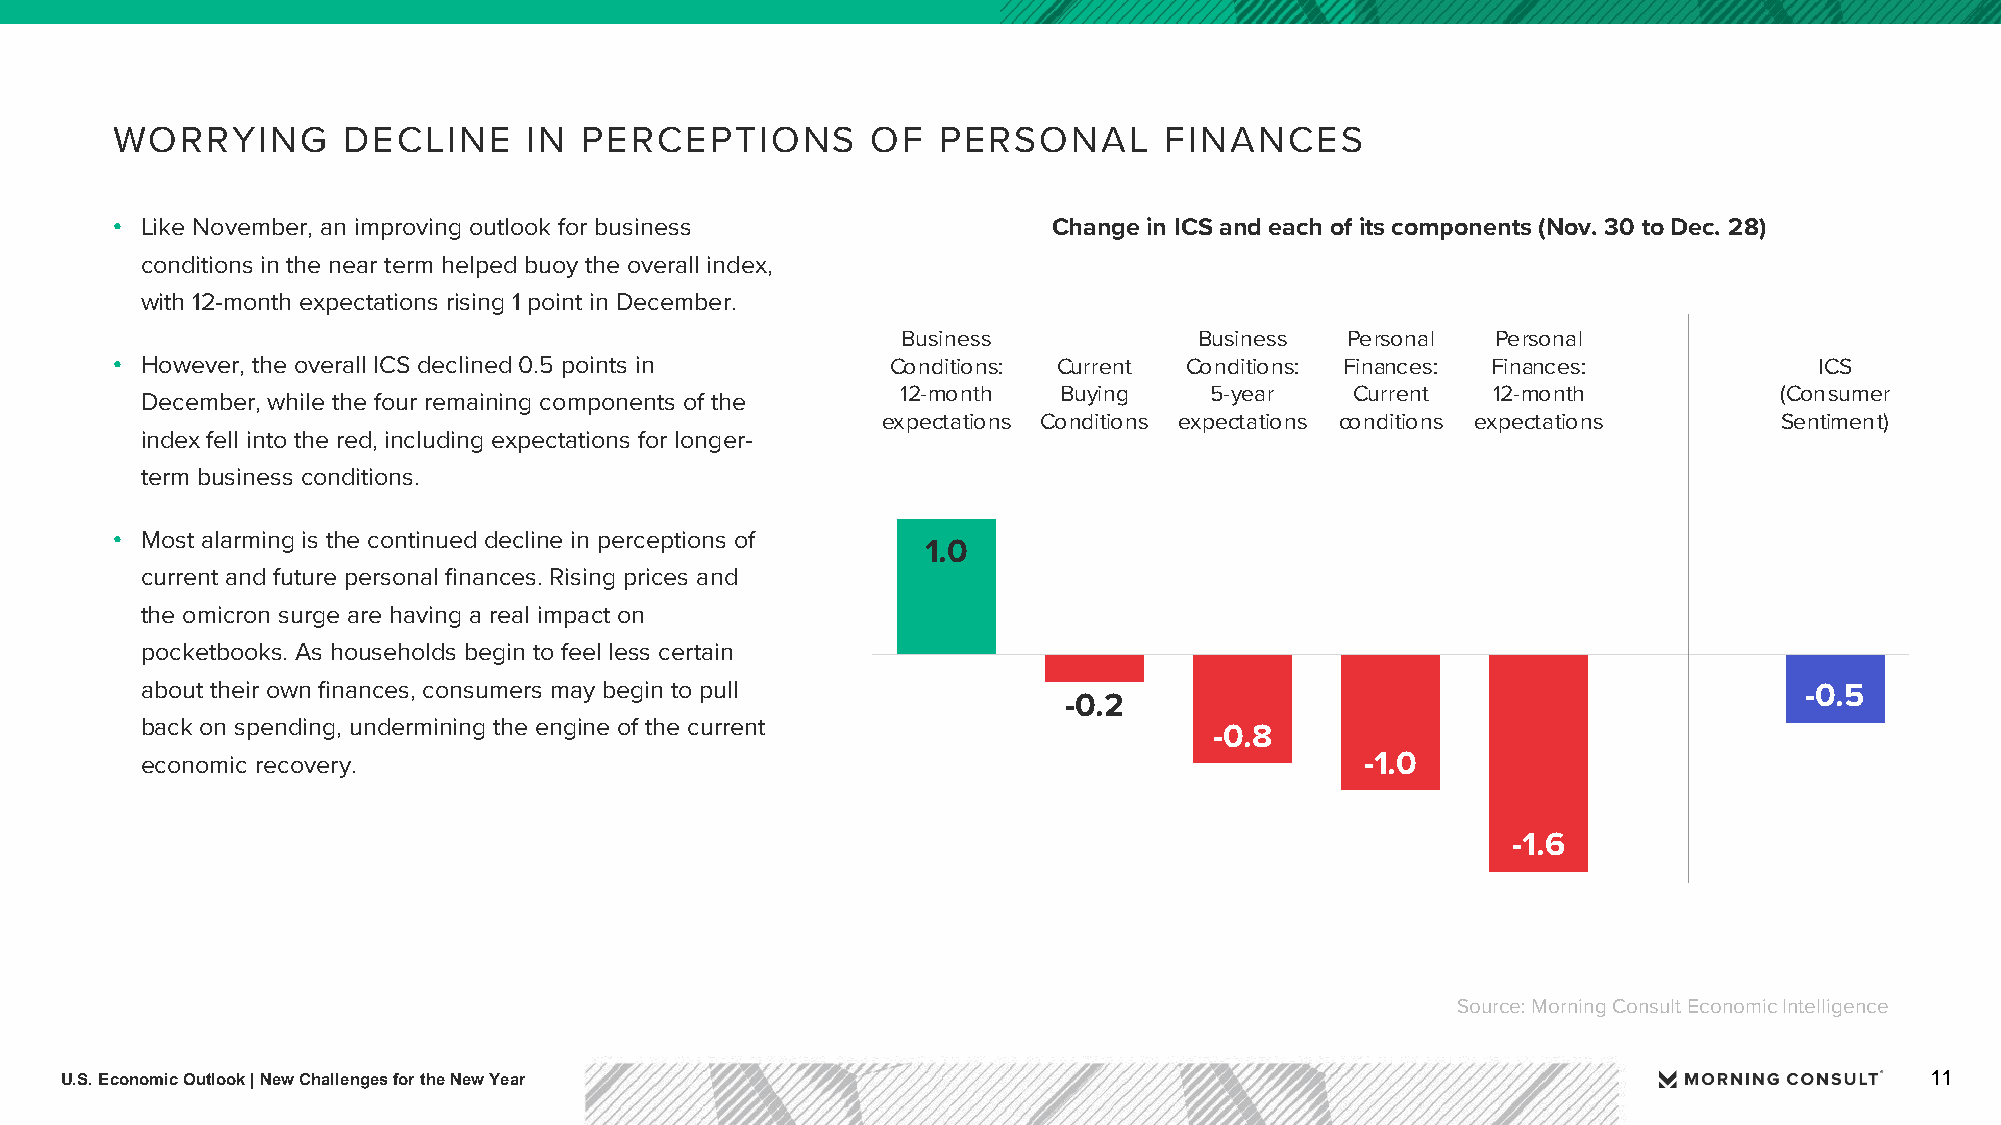
WORRYING        DECLINE     IN PERCEPTIONS         OF  PERSONAL       FINANCES
 • Like November, an improving outlook for business             Change in ICS and each of its components (Nov. 30 to Dec. 28)
 conditions in the near term helped buoy the overall index,
 with 12-month expectations rising 1 point in December.
 Business           Business  Personal  Personal
 • However, the overall ICS declined 0.5 points in   Conditions: Current Conditions: Finances: Finances:          ICS
 12-month  Buying    5-year    Current  12-month           (Consumer
 December, while the four remaining components of the
 expectations Conditions expectations conditions expectations Sentiment)
 index fell into the red, including expectations for longer-
 term business conditions.
 • Most alarming is the continued decline in perceptions of
 1.0
 current and future personal finances. Rising prices and
 the omicron surge are having a real impact on
 pocketbooks. As households begin to feel less certain
 about their own finances, consumers may begin to pull                                                         -0.5
 -0.2
 back on spending, undermining the engine of the current                -0.8
 economic recovery.                                                               -1.0
 -1.6
 Source: Morning Consult Economic Intelligence
 U.S. Economic Outlook | New Challenges for the New Year                                                                     11